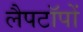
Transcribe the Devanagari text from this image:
लैपटॉपों